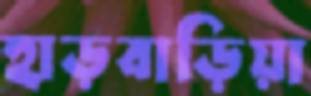
হাড়বাড়িয়া